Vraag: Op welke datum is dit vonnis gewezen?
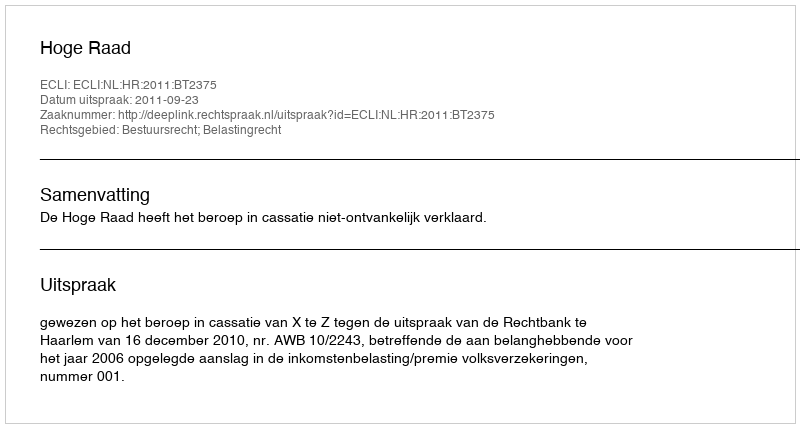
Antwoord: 2011-09-23